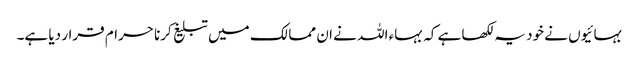
بہائیوں نے خود یہ لکھا ہے کہ بہاء اللہ نے ان ممالک میں تبلیغ کرنا حرام قرار دیا ہے۔